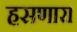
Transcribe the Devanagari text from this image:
हसणारा